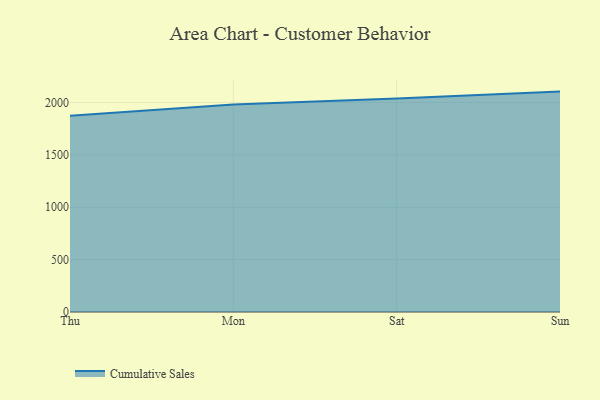
{"axis": {"x": "Day", "y": "Population (Million)"}, "legend": ["Cumulative Sales"], "data": [{"x": "Thu", "y": 1874.0, "type": "Cumulative Sales"}, {"x": "Mon", "y": 1982.7, "type": "Cumulative Sales"}, {"x": "Sat", "y": 2038.1, "type": "Cumulative Sales"}, {"x": "Sun", "y": 2104.8, "type": "Cumulative Sales"}]}